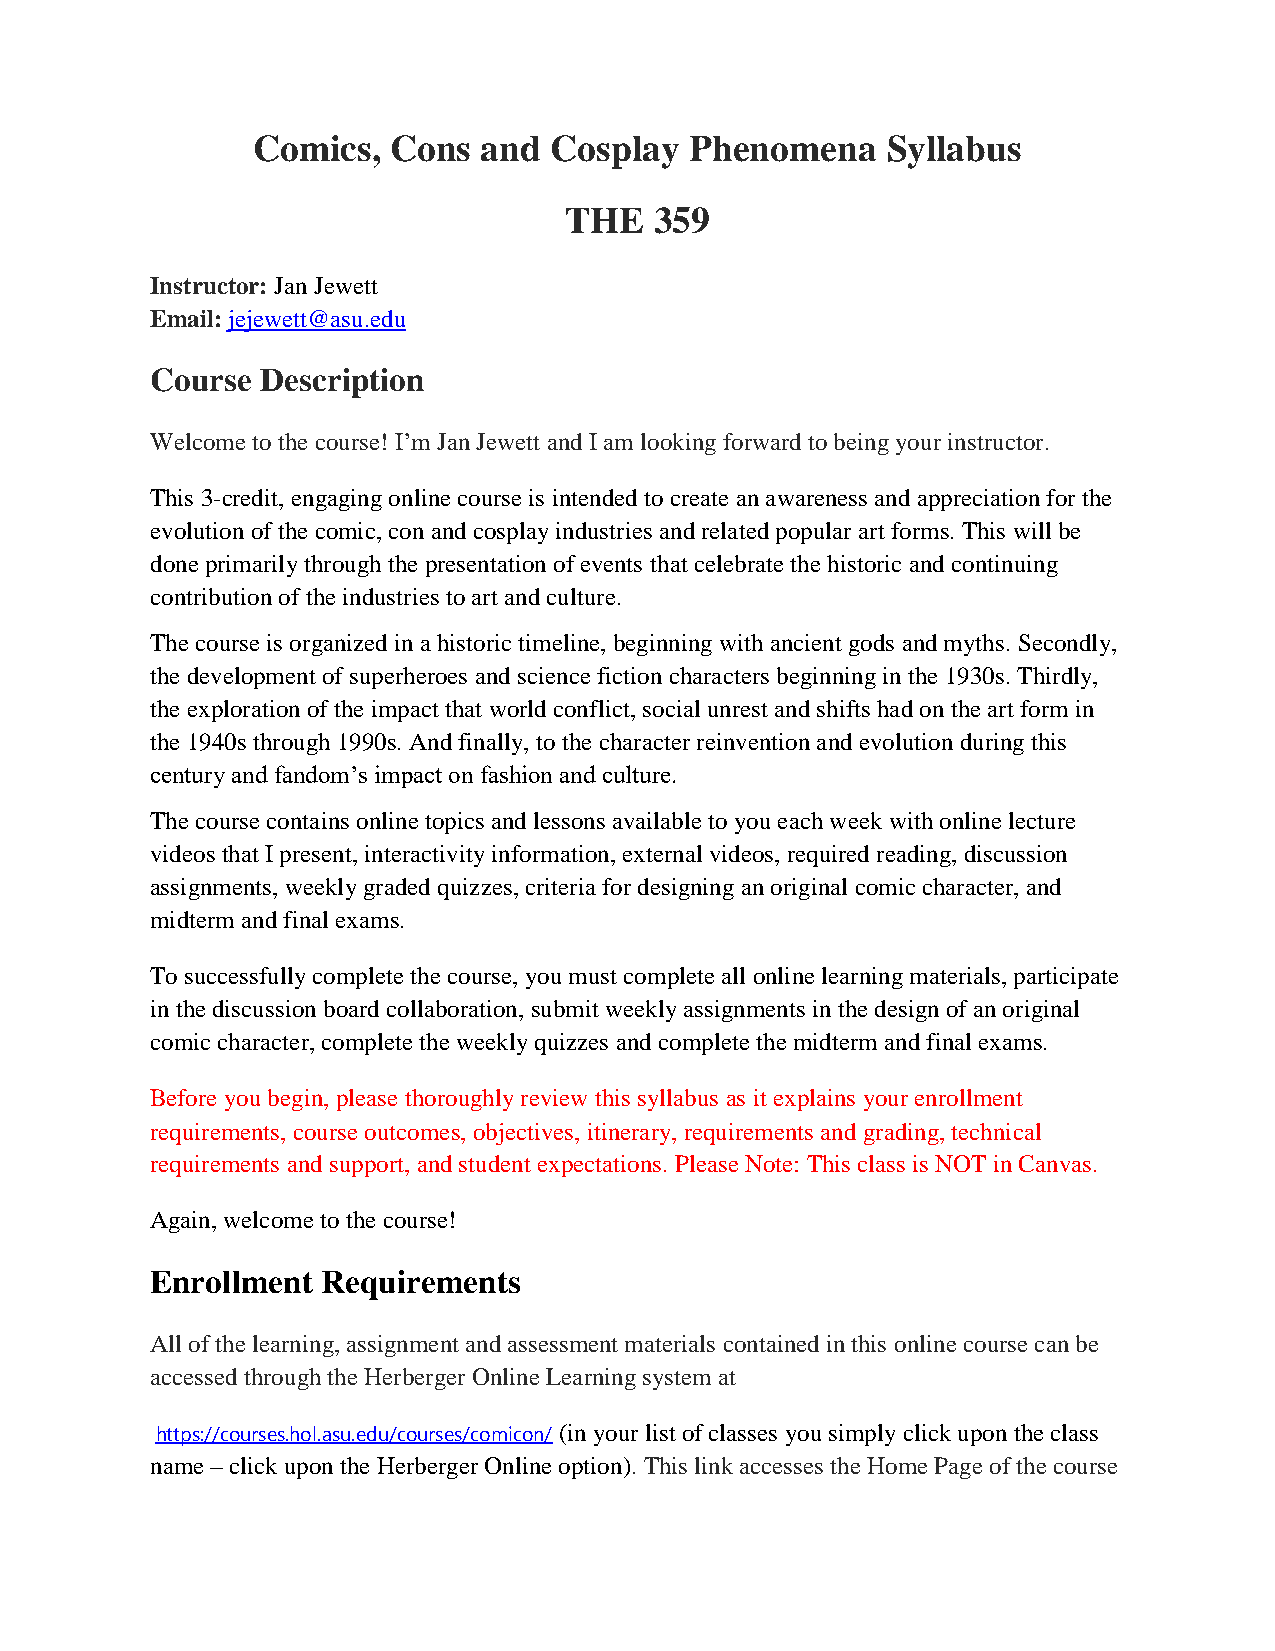
Comics,  Cons  and Cosplay   Phenomena    Syllabus
 THE   359
 Instructor: Jan Jewett
 Email: jejewett@asu.edu
 Course Description
 Welcome to the course! I’m Jan Jewett and I am looking forward to being your instructor.
 This 3-credit, engaging online course is intended to create an awareness and appreciation for the
 evolution of the comic, con and cosplay industries and related popular art forms. This will be
 done primarily through the presentation of events that celebrate the historic and continuing
 contribution of the industries to art and culture.
 The course is organized in a historic timeline, beginning with ancient gods and myths. Secondly,
 the development of superheroes and science fiction characters beginning in the 1930s. Thirdly,
 the exploration of the impact that world conflict, social unrest and shifts had on the art form in
 the 1940s through 1990s. And finally, to the character reinvention and evolution during this
 century and fandom’s impact on fashion and culture.
 The course contains online topics and lessons available to you each week with online lecture
 videos that I present, interactivity information, external videos, required reading, discussion
 assignments, weekly graded quizzes, criteria for designing an original comic character, and
 midterm and final exams.
 To successfully complete the course, you must complete all online learning materials, participate
 in the discussion board collaboration, submit weekly assignments in the design of an original
 comic character, complete the weekly quizzes and complete the midterm and final exams.
 Before you begin, please thoroughly review this syllabus as it explains your enrollment
 requirements, course outcomes, objectives, itinerary, requirements and grading, technical
 requirements and support, and student expectations. Please Note: This class is NOT in Canvas.
 Again, welcome to the course!
 Enrollment Requirements
 All of the learning, assignment and assessment materials contained in this online course can be
 accessed through the Herberger Online Learning system at
 https://courses.hol.asu.edu/courses/comicon/ (in your list of classes you simply click upon the class
 name – click upon the Herberger Online option). This link accesses the Home Page of the course